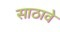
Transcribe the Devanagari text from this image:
साठावे